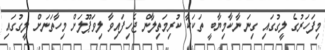
މިފަހަރުގެ ލީގުގައި ގިނަ ނާކާމިޔާބީ ތަކަކާ ކުރިމަތިލާން ޖެހިފައިވާ ލިވަޕޫލަށް މިހާތަނަށް ލީގުގައި